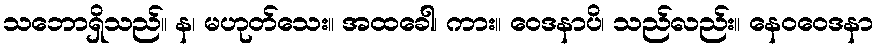
သဘောရှိသည်။ န၊ မဟုတ်သေး။ အထခေါ၊ ကား။ ဝေဒနာပိ၊ သည်လည်း။ နေဝဝေဒနာ